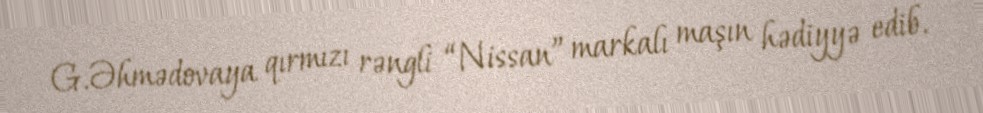
G.Əhmədovaya qırmızı rəngli “Nissan” markalı maşın hədiyyə edib.